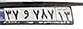
۳۷و۷۸۷۱۳